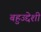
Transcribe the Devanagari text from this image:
बहुउद्देशी